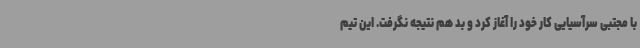
با مجتبی سرآسیایی کار خود را آغاز کرد و بد هم نتیجه نگرفت. این تیم